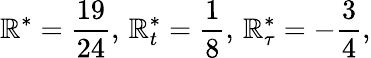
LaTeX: \mathbb{R}^{*}={\frac{{19}}{{24}}},\, \mathbb{R}_{t}^{*}={\frac{{1}}{{8}}},\, \mathbb{R}_{\tau}^{*}=-{\frac{{3}}{{4}}},